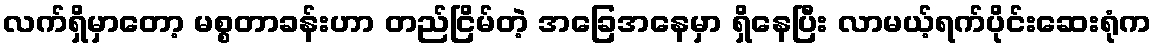
လက်ရှိမှာတော့ မစ္စတာခန်းဟာ တည်ငြိမ်တဲ့ အခြေအနေမှာ ရှိနေပြီး လာမယ့်ရက်ပိုင်းဆေးရုံက